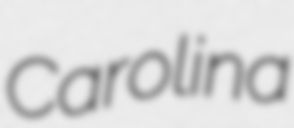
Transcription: Carolina